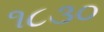
૧૮૩૦